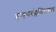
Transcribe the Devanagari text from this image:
हाइपरफ्लेक्सिबल